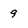
Character: 9